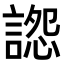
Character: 𧩷